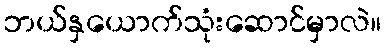
ဘယ်နှယောက်သုံးဆောင်မှာလဲ။